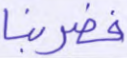
فضربنا